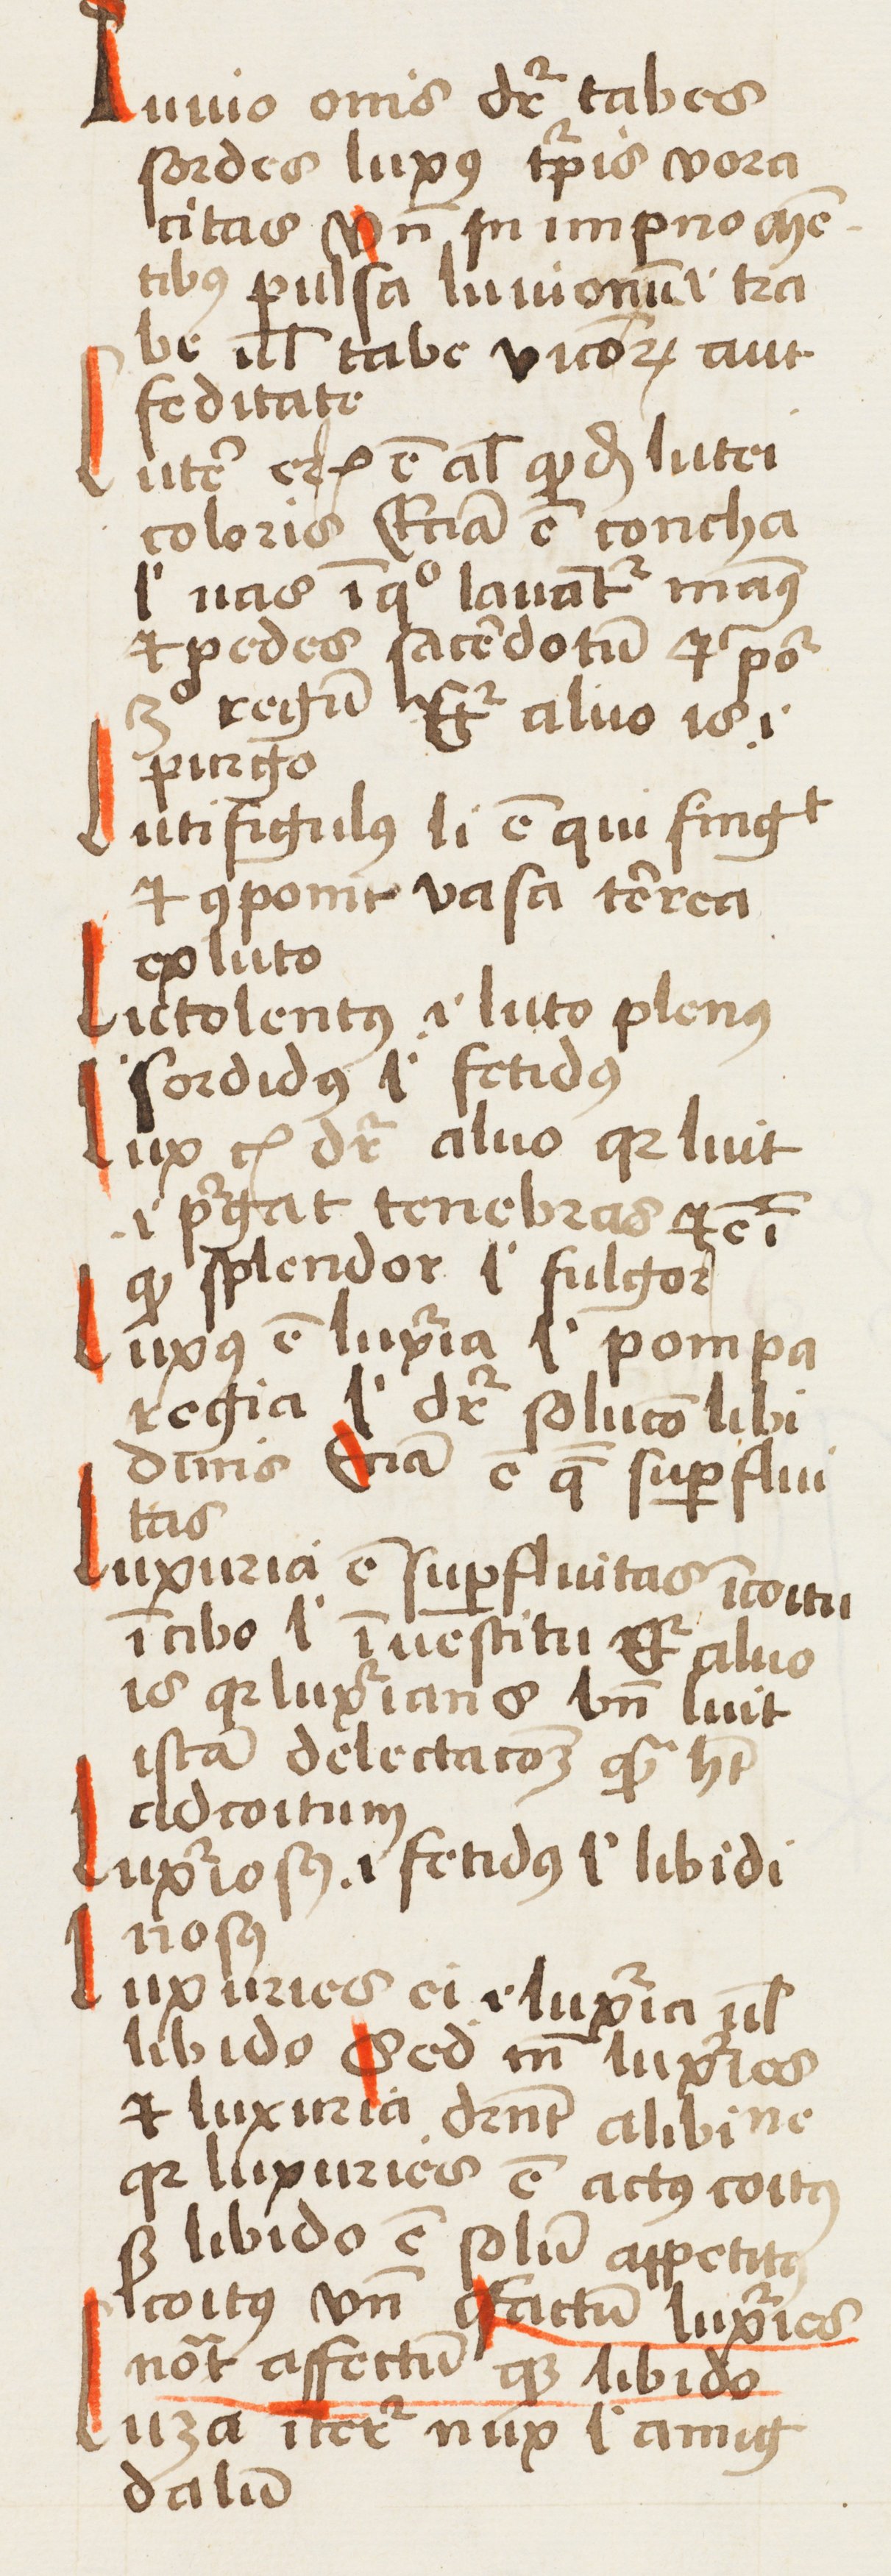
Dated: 1452–1452